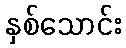
နှစ်သောင်း